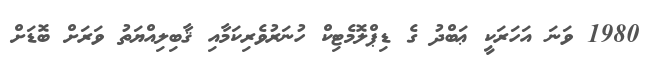
1980 ވަނަ އަހަރަކީ ޢަބްދު ގެ ޑިޕްލޮމެޓިކް ހުނަރުވެރިކަމާއި ޤާބިލިއްޔަތު ވަރަށް ބޮޑަށް